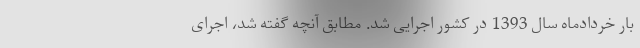
بار خردادماه سال 1393 در کشور اجرایی شد. مطابق آنچه گفته شد، اجرای